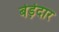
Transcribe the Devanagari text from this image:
बेड़ेदार